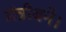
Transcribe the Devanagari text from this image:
मंत्रीबने।